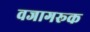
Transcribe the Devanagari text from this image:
वजागरूक